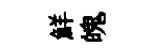
鮮魄